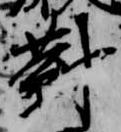
対